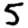
Digit: 5